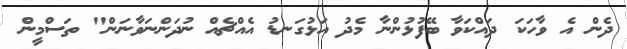
ދެން އެ ވާހަކަ ދައްކަވާ ބޭފުޅުންނާ މެދު އަޅުގަނޑު އެއްޗެއް ނުދަންނަވާނަން" ތަސްމީން